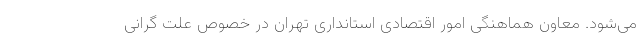
می‌شود. معاون هماهنگی امور اقتصادی استانداری تهران در خصوص علت گرانی